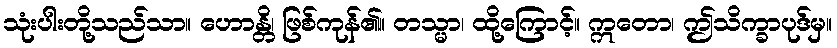
သုံးပါးတို့သည်သာ။ ဟောန္တိ၊ ဖြစ်ကုန်၏။ တသ္မာ၊ ထို့ကြောင့်။ ဣတော၊ ဤသိက္ခာပုဒ်မှ။